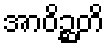
အာဝိဉ္ဆတိ